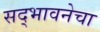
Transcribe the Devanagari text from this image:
सद्भावनेचा